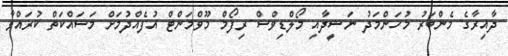
ދާއިރާގެ މެންބަރު މުހަންމަދު ނަޝީދާއި މޯލްޑިވްސް ރިފޯމް މޫވްމަންޓް އުފެއްދުމަށް މަސައްކަތް ކުރައްވާ